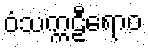
ဝံသက္ကဠီရောဝ